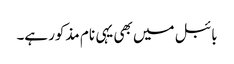
بائبل میں بھی یہی نام مذکور ہے۔